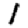
Digit: 1